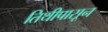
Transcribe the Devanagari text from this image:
तिथीपासून